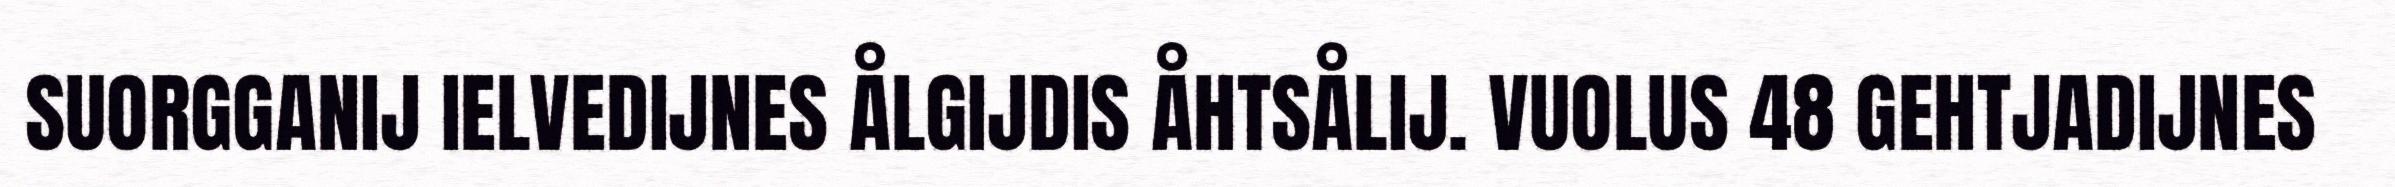
SUORGGANIJ IELVEDIJNES ÅLGIJDIS ÅHTSÅLIJ. VUOLUS 48 GEHTJADIJNES